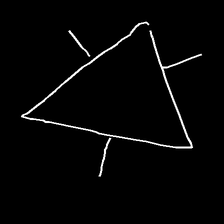
Glyph: fire